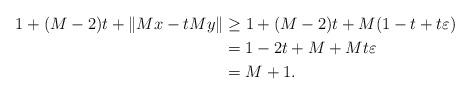
LaTeX: \begin{align*} 1 + (M-2) t + \| Mx- tMy\| & \geq 1 + (M-2) t + M(1 - t + t \varepsilon) \\ & = 1 - 2t + M + M t \varepsilon \\ & = M + 1. \end{align*}